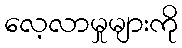
လေ့လာမှုများကို